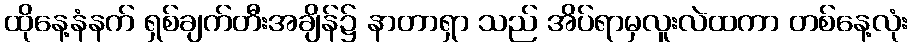
ထိုနေ့နံနက် ရှစ်ချက်တီးအချိန်၌ နာတာရှာ သည် အိပ်ရာမှလူးလဲထကာ တစ်နေ့လုံး